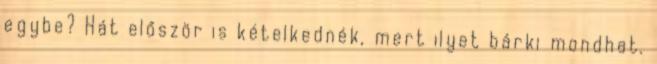
egybe? Hát először is kételkednék, mert ilyet bárki mondhat.